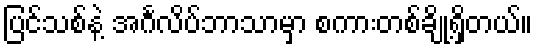
ပြင်သစ်နဲ့ အင်္ဂလိပ်ဘာသာမှာ စကားတစ်ချို့ရှိတယ်။